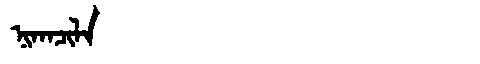
Manchu: ᠨᡳᡴᠠᠴᡳᠯᠠ
Romanization: NIKACILA